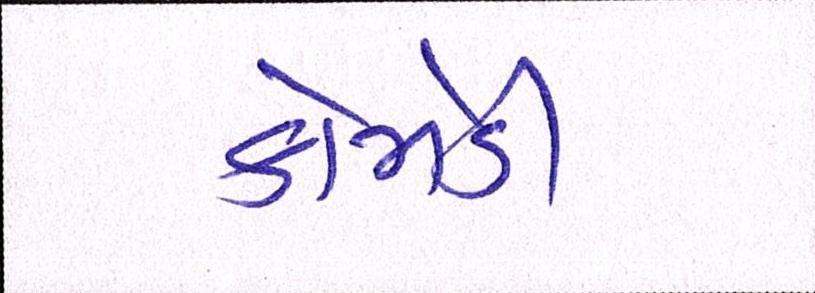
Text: કોમેડી